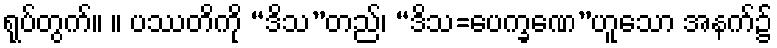
ရုပ်တွက်။ ။ ပဿတိကို “ဒိသ”တည်၊ “ဒိသ=ပေက္ခဏေ”ဟူသော အနက်၌